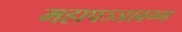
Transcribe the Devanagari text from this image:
महापञ्ञावग्ग